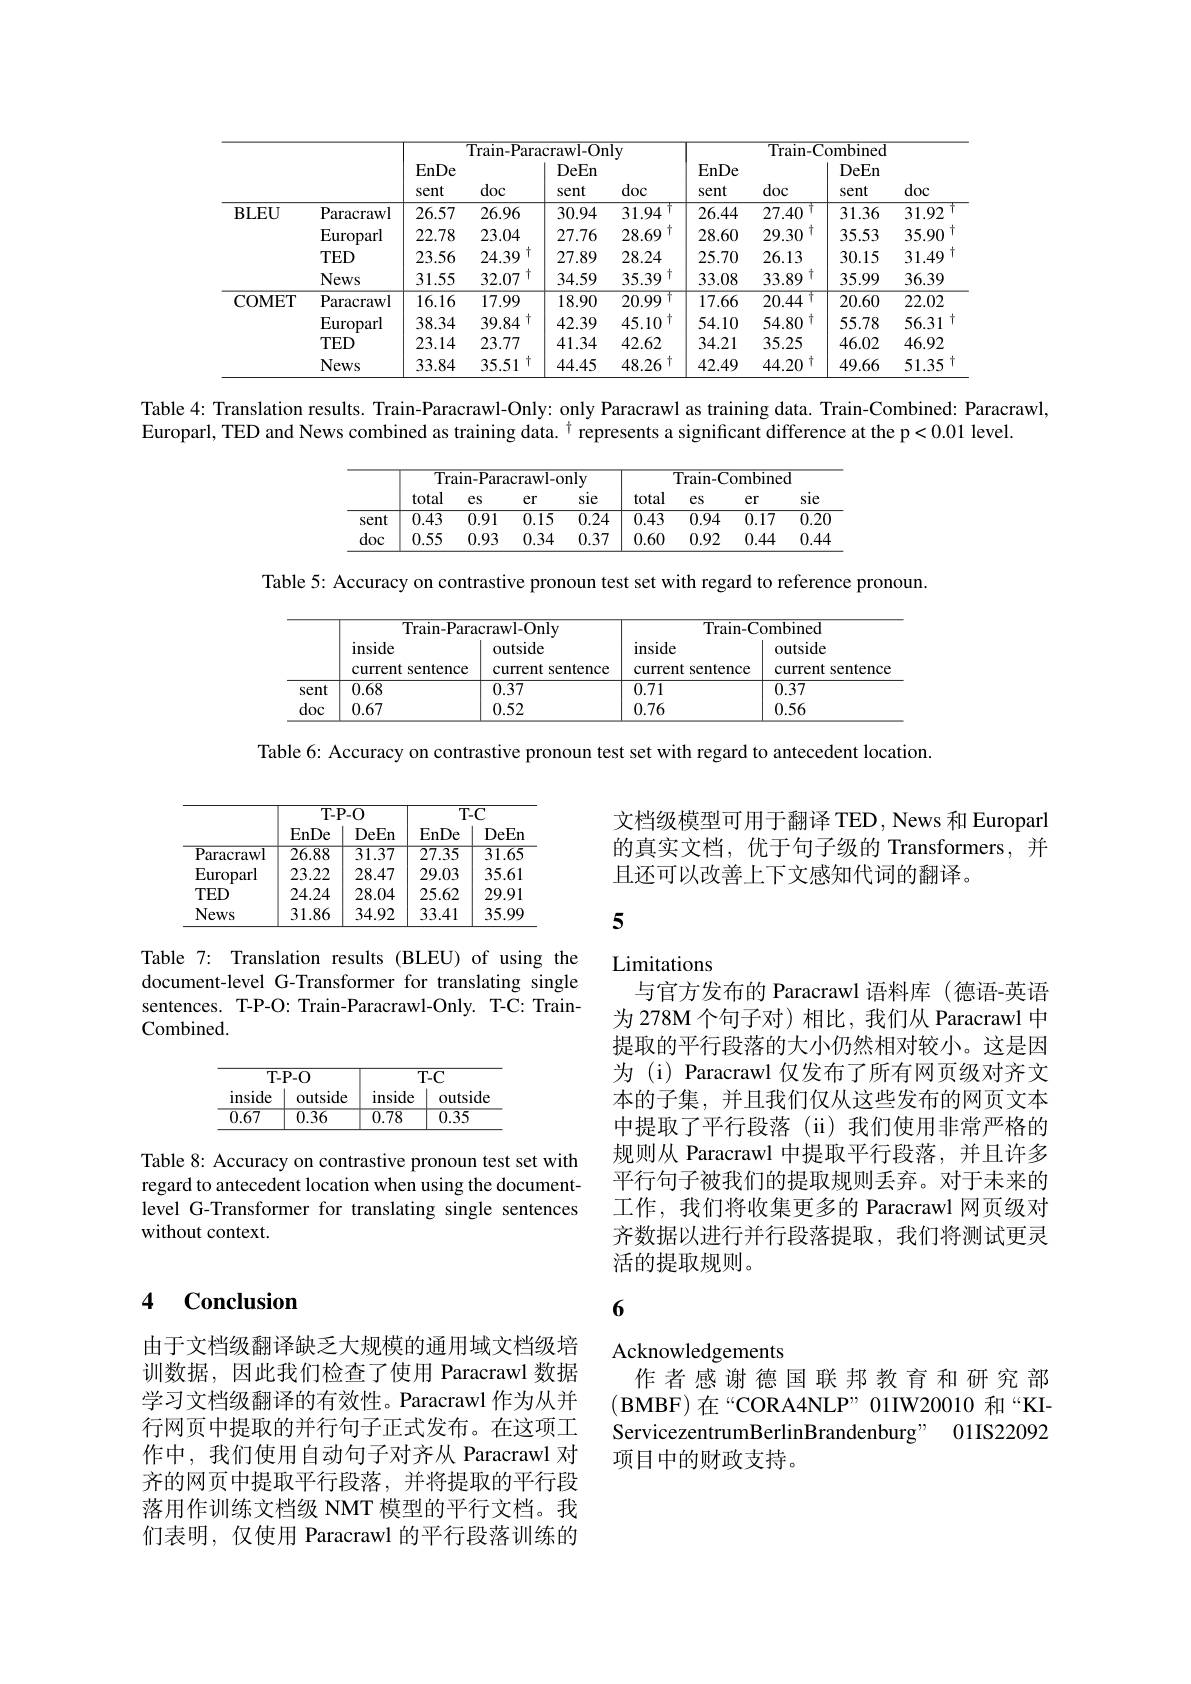
<table>
	<tbody>
		<tr>
			<th> </th>
			<th> </th>
			<th colspan="4">Train-Paracrawl-Only</th>
			<th colspan="4">Train-Combined</th>
		</tr>
		<tr>
			<th> </th>
			<th> </th>
			<th>EnDe sent</th>
			<th>doc</th>
			<th>DeEn sent</th>
			<th>doc</th>
			<th>EnDe sent</th>
			<th>doc</th>
			<th>DeEn sent</th>
			<th>doc</th>
		</tr>
		<tr>
			<td rowspan="4">BLEU</td>
			<td>Paracrawl</td>
			<td>26.57</td>
			<td>26.96</td>
			<td>30.94</td>
			<td>$\daleth$ 31.94</td>
			<td>26.44</td>
			<td>7 27.40</td>
			<td>31.36</td>
			<td>31.92</td>
		</tr>
		<tr>
			<td>Europarl</td>
			<td>22.78</td>
			<td>23.04</td>
			<td>27.76</td>
			<td>十 28.69</td>
			<td>28.60</td>
			<td>十 29.30</td>
			<td>35.53</td>
			<td>35.90</td>
		</tr>
		<tr>
			<td>$TED$</td>
			<td>23.56</td>
			<td>+ 24.39</td>
			<td>27.89</td>
			<td>28.24</td>
			<td>25.70</td>
			<td>26.13</td>
			<td>30.15</td>
			<td>31.49</td>
		</tr>
		<tr>
			<td>News</td>
			<td>31.55</td>
			<td>$\dagger$ 32.07</td>
			<td>34.59</td>
			<td>十 35.39</td>
			<td>33.08</td>
			<td>十 33.89</td>
			<td>35.99</td>
			<td>36.39</td>
		</tr>
		<tr>
			<td rowspan="4">COMET</td>
			<td>Paracrawl</td>
			<td>16.16</td>
			<td>17.99</td>
			<td>18.90</td>
			<td>20.99 $\dagger$</td>
			<td>17.66</td>
			<td>20.44 十</td>
			<td>20.60</td>
			<td>22.02</td>
		</tr>
		<tr>
			<td>Europarl</td>
			<td>38.34</td>
			<td>$\dagger$ 39.84</td>
			<td>42.39</td>
			<td>45.10 11</td>
			<td>54.10</td>
			<td>54.80 十</td>
			<td>55.78</td>
			<td>56.31</td>
		</tr>
		<tr>
			<td>$TED$</td>
			<td>23.14</td>
			<td>23.77</td>
			<td>41.34</td>
			<td>42.62</td>
			<td>34.21</td>
			<td>35.25</td>
			<td>46.02</td>
			<td>46.92</td>
		</tr>
		<tr>
			<td>News</td>
			<td>33.84</td>
			<td>$\dagger$ 35.51</td>
			<td>44.45</td>
			<td>48.26 $\zeta T$ </td>
			<td>42.49</td>
			<td>十 44.20</td>
			<td>49.66</td>
			<td>51.35</td>
		</tr>
	</tbody>
</table>

Table 4: Translation results. Train-Paracrawl-Only: only Paracrawl as training data. Train-Combined: Paracrawl,
Europarl, TED and News combined as training data. $^{\dagger}$ represents a significant difference at the p<0.01 level.

<table>
	<tbody>
		<tr>
			<th> </th>
			<th colspan="4">Train-Paracrawl-only</th>
			<th colspan="4">Train-Combined</th>
		</tr>
		<tr>
			<th> </th>
			<th>total</th>
			<th>$es$</th>
			<th>er</th>
			<th>sie</th>
			<th>total</th>
			<th>$es$</th>
			<th>er</th>
			<th>sie</th>
		</tr>
		<tr>
			<td>sent</td>
			<td>0.43</td>
			<td>0.91</td>
			<td>0.15</td>
			<td>0.24</td>
			<td>0.43</td>
			<td>0.94</td>
			<td>0.17</td>
			<td>$\overline{0.2\mathrm{C}}$</td>
		</tr>
		<tr>
			<td>doc</td>
			<td>0.55</td>
			<td>0.93</td>
			<td>0.34</td>
			<td>0.37</td>
			<td>0.60</td>
			<td>0.92</td>
			<td>0.44</td>
			<td>0.44</td>
		</tr>
	</tbody>
</table>

Table 5: Accuracy on contrastive pronoun test set with regard to reference pronoun.

<table>
	<tbody>
		<tr>
			<th> </th>
			<th colspan="2">Train-Paracrawl-Only</th>
			<th colspan="2">Train-Combined</th>
		</tr>
		<tr>
			<th> </th>
			<th>inside current sentence</th>
			<th>outside current sentence</th>
			<th>inside current sentence</th>
			<th>outside current sentence</th>
		</tr>
		<tr>
			<td>sent</td>
			<td>0.68</td>
			<td>0.37</td>
			<td>0.71</td>
			<td>0.37</td>
		</tr>
		<tr>
			<td>doc</td>
			<td>0.67</td>
			<td>0.52</td>
			<td>0.76</td>
			<td>0.56</td>
		</tr>
	</tbody>
</table>

Table 6: Accuracy on contrastive pronoun test set with regard to antecedent location.

文档级模型可用于翻译 TED , News 和 Europarl 的真实文档，优于句子级的 Transformers,并且还可以改善上下文感知代词的翻译。

<table>
	<tbody>
		<tr>
			<th> </th>
			<th>$T-F$ EnDe</th>
			<th>$\overline{2.0}$ DeEn</th>
			<th>$TF$ EnDe</th>
			<th>$-\mathbf{C}$ DeEn</th>
		</tr>
		<tr>
			<th> </th>
			<th>$T-F$</th>
			<th>$\overline{2.0}$</th>
			<th>$TF$</th>
			<th>$\overline{-\mathbf{C}}$</th>
		</tr>
		<tr>
			<th> </th>
			<th>$T-F$ EnDe</th>
			<th>2.0 DeEn</th>
			<th>$TF$ EnDe</th>
			<th>$-\mathbf{C}$ DeEn</th>
		</tr>
		<tr>
			<td>$\overline{{\mathrm{Paracrawl}}}$</td>
			<td>$\overline{26.88}$</td>
			<td>$\overline{31.37}$</td>
			<td>$\overline{27.35}$</td>
			<td>$\overline{31.65}$</td>
		</tr>
		<tr>
			<td>$\operatorname{Europarl}$</td>
			<td>23.22</td>
			<td>28.47</td>
			<td>29.03</td>
			<td>35.61</td>
		</tr>
		<tr>
			<td>$TED$</td>
			<td>24.24</td>
			<td>28.04</td>
			<td>25.62</td>
			<td>29.91</td>
		</tr>
		<tr>
			<td>News</td>
			<td>31.86</td>
			<td>34.92</td>
			<td>33.41</td>
			<td>35.99</td>
		</tr>
	</tbody>
</table>

5

# Limitations 与官方发布的 Paracrawl 语料库 (德语-英语

Table 7: Translation results (BLEU) of using the document-level G-Transformer for translating single sentences. T-P-O: Train-Paracrawl-Only. T-C: TrainCombined.

<FigureHere>

为 278M 个句子对)相比，我们从 Paracrawl 中提取的平行段落的大小仍然相对较小。这是因为 (i) Paracrawl 仅发布了所有网页级对齐文本的子集，并且我们仅从这些发布的网页文本中提取了平行段落(ii)我们使用非常严格的规则从 Paracrawl 中提取平行段落，并且许多平行句子被我们的提取规则丢弃。对于未来的工作，我们将收集更多的 Paracrawl 网页级对齐数据以进行并行段落提取，我们将测试更灵活的提取规则。

Table 8: Accuracy on contrastive pronoun test set with regard to antecedent location when using the documentlevel G-Transformer for translating single sentences without context.

### 4 Conclusion

6

# Acknowledgements

作者感谢德国联邦教育和研究部(BMBF)在“CORA4NLP”01IW20010 和“KIServicezentrumBerlinBrandenburg" 01IS22092项目中的财政支持。

由于文档级翻译缺乏大规模的通用域文档级培训数据，因此我们检查了使用 Paracrawl 数据学习文档级翻译的有效性。Paracrawl 作为从并行网页中提取的并行句子正式发布。在这项工作中，我们使用自动句子对齐从 Paracrawl 对齐的网页中提取平行段落，并将提取的平行段落用作训练文档级 NMT 模型的平行文档。我们表明，仅使用 Paracrawl 的平行段落训练的